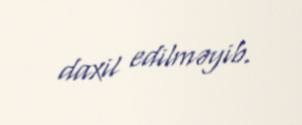
daxil edilməyib.